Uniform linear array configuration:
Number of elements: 4
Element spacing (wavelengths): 0.75
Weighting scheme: exponential
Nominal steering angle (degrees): -15
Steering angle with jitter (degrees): -15.762
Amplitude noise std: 0.05
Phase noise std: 0.05

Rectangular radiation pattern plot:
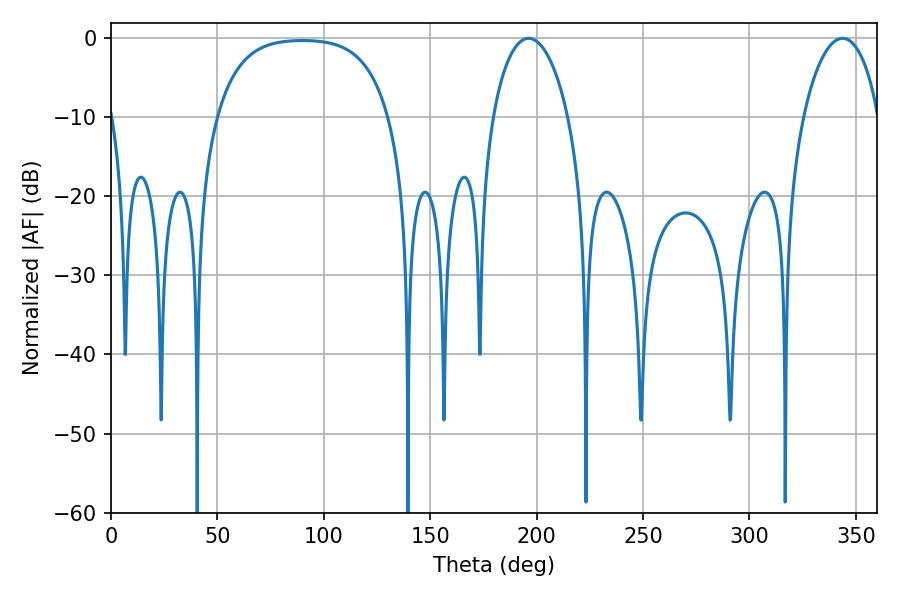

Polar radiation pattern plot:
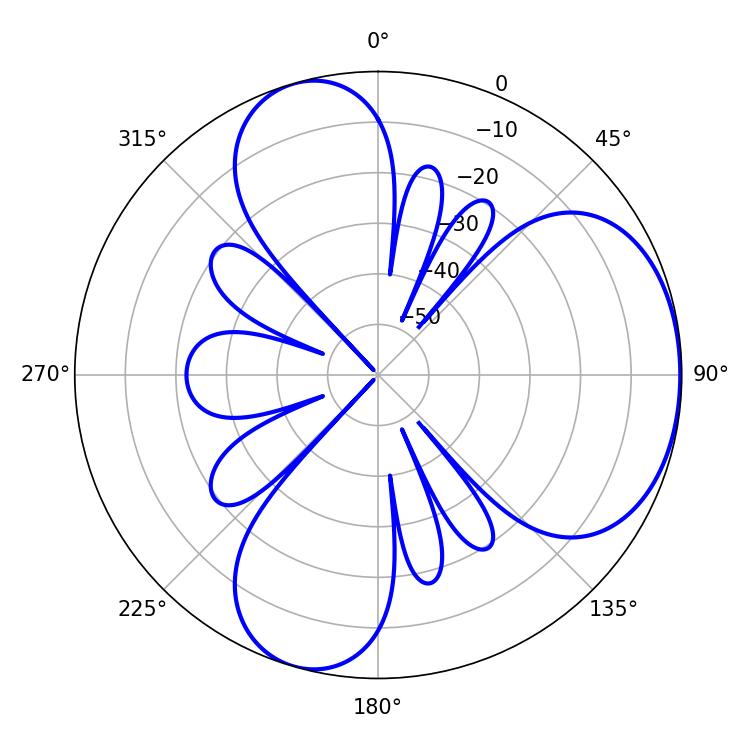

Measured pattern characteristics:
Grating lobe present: TRUE
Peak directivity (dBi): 4.834
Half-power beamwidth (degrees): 20.16
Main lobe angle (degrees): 196.2